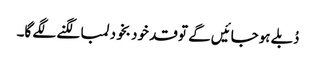
دُبلے ہوجائیں گے تو قد خود بخود لمبا لگنے لگے گا۔